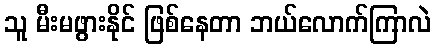
သူ မီးမဖွားနိုင် ဖြစ်နေတာ ဘယ်လောက်ကြာလဲ